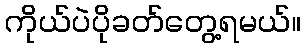
ကိုယ်ပဲပိုခတ်တွေ့ရမယ်။